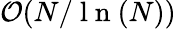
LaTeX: {\cal O}(N/\mathrm{~l~n~}(N))